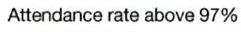
Attendance rate above 97%